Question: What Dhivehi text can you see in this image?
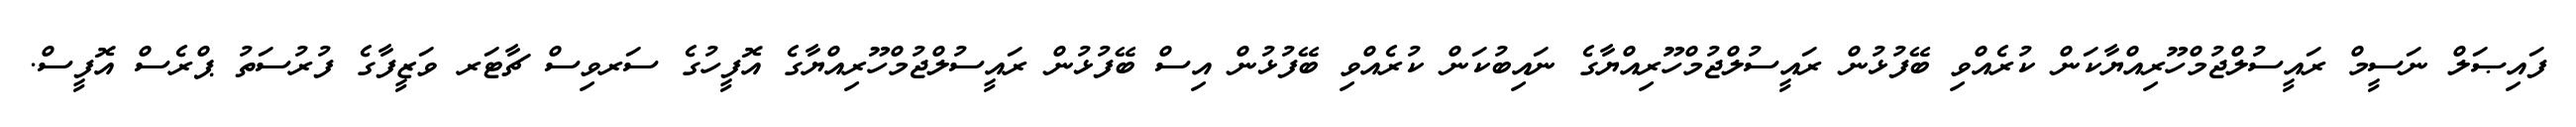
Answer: ފައިޞަލް ނަސީމް ރައީސުލްޖުމްހޫރިއްޔާކަން ކުރެއްވި ބޭފުޅުން ރައީސުލްޖުމްހޫރިއްޔާގެ ނައިބުކަން ކުރެއްވި ބޭފުޅުން އިސް ބޭފުޅުން ރައީސުލްޖުމްހޫރިއްޔާގެ އޮފީހުގެ ސަރވިސް ޗާޓަރ ވަޒީފާގެ ފުރުސަތު ޕްރެސް އޮފީސް.